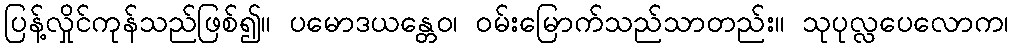
ပြန့်လှိုင်ကုန်သည်ဖြစ်၍။ ပမောဒယန္တေဝ၊ ဝမ်းမြောက်သည်သာတည်း။ သုပုလ္လပေလောက၊